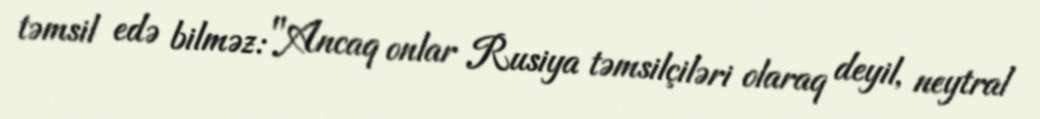
təmsil edə bilməz: "Ancaq onlar Rusiya təmsilçiləri olaraq deyil, neytral